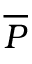
\overline { P }